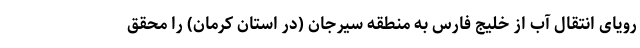
رویای انتقال آب از خلیج فارس به منطقه سیرجان (در استان کرمان) را محقّق